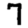
Digit: 7